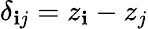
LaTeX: \delta_{\mathbf{i}j}=z_{\mathbf{i}}-z_{j}